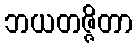
ဘယတဇ္ဇိတာ